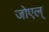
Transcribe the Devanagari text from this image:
जोएल्‌